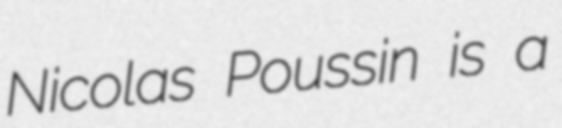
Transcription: Nicolas Poussin is a